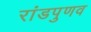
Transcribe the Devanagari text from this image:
रांडपुणव